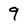
Character: 9